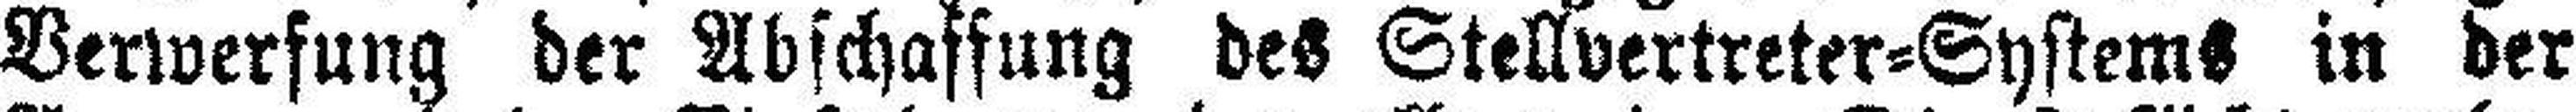
Verwerfung der Abschaffung des Stellvertreter=Systems in der